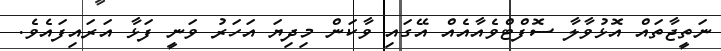
ނަތީޖާތައް އޮޅުވާލާ ސޮފްޓްވެއާއެއް އޭގައި ވާކަން މިދިޔަ އަހަރު ވަނީ ފަޅާ އަރައިފައެވެ.